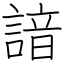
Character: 諳